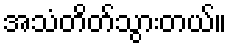
အသံတိတ်သွားတယ်။